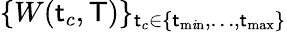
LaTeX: \{ W(\mathsf{t}_{c},\mathsf{T})\} _{\mathsf{t}_{c}\in\{ \mathsf{t}_{\operatorname*{m\mathit{i}n}},\dots,\mathsf{t}_{\operatorname*{max}}\} }